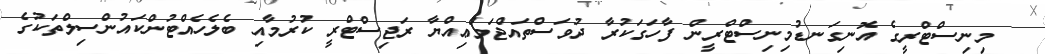
މިނިސްޓްރީގެ އޮނިގަނޑުމިނިސްޓްރީން ފާހަގަކުރާ ދުވަސްތައްޖަމްޢިއްޔާ ރަޖިސްޓްރީ ކުރުމާއި ބެލެހެއްޓުންކައުންސިލްތަކުގެ